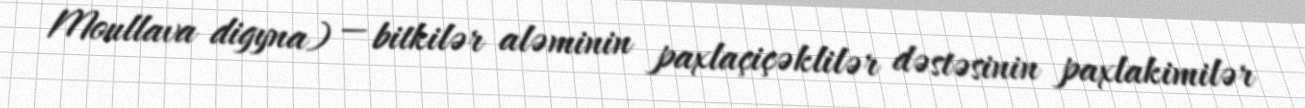
Moullava digyna) — bitkilər aləminin paxlaçiçəklilər dəstəsinin paxlakimilər